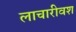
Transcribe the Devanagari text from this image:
लाचारीवश